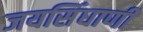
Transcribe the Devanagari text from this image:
जयसिंघाणी